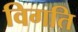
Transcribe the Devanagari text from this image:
विगति